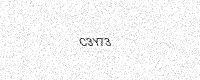
Text: C3Y73